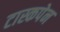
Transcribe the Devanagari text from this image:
टास्कपेन